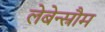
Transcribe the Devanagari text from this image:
लेबेन्स्रौम